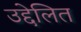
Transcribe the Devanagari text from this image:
उद्देलित